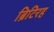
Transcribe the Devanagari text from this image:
ब्रिटिरह